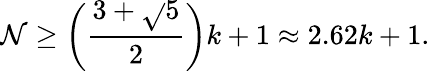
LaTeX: \mathcal{N}\geq\left({\frac{{3+{\sqrt{}{{5}}}}}{{2}}}\right)k+1\approx2.62k+1.